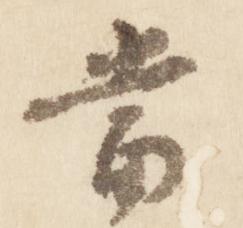
当